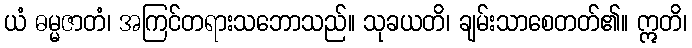
ယံ ဓမ္မဇာတံ၊ အကြင်တရားသဘောသည်။ သုခယတိ၊ ချမ်းသာစေတတ်၏။ ဣတိ၊